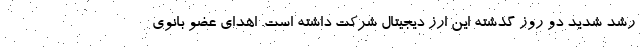
رشد شدید دو روز گذشته این ارز دیجیتال شرکت داشته است. اهدای عضو بانوی